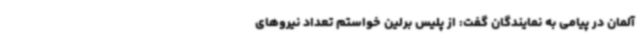
آلمان در پیامی به نمایندگان گفت: از پلیس برلین خواستم تعداد نیروهای